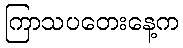
ကြာသပတေးနေ့က